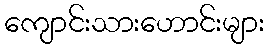
ကျောင်းသားဟောင်းများ